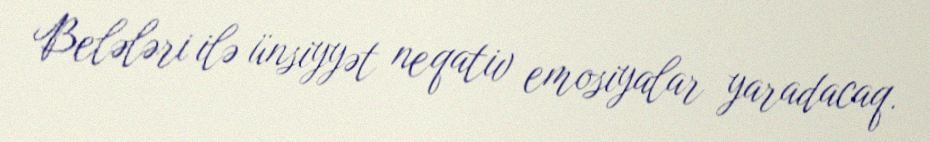
Belələri ilə ünsiyyət neqativ emosiyalar yaradacaq.